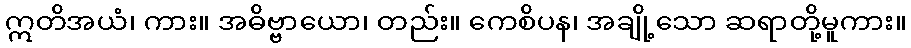
ဣတိအယံ၊ ကား။ အဓိဗ္ဗာယော၊ တည်း။ ကေစိပန၊ အချို့သော ဆရာတို့မူကား။